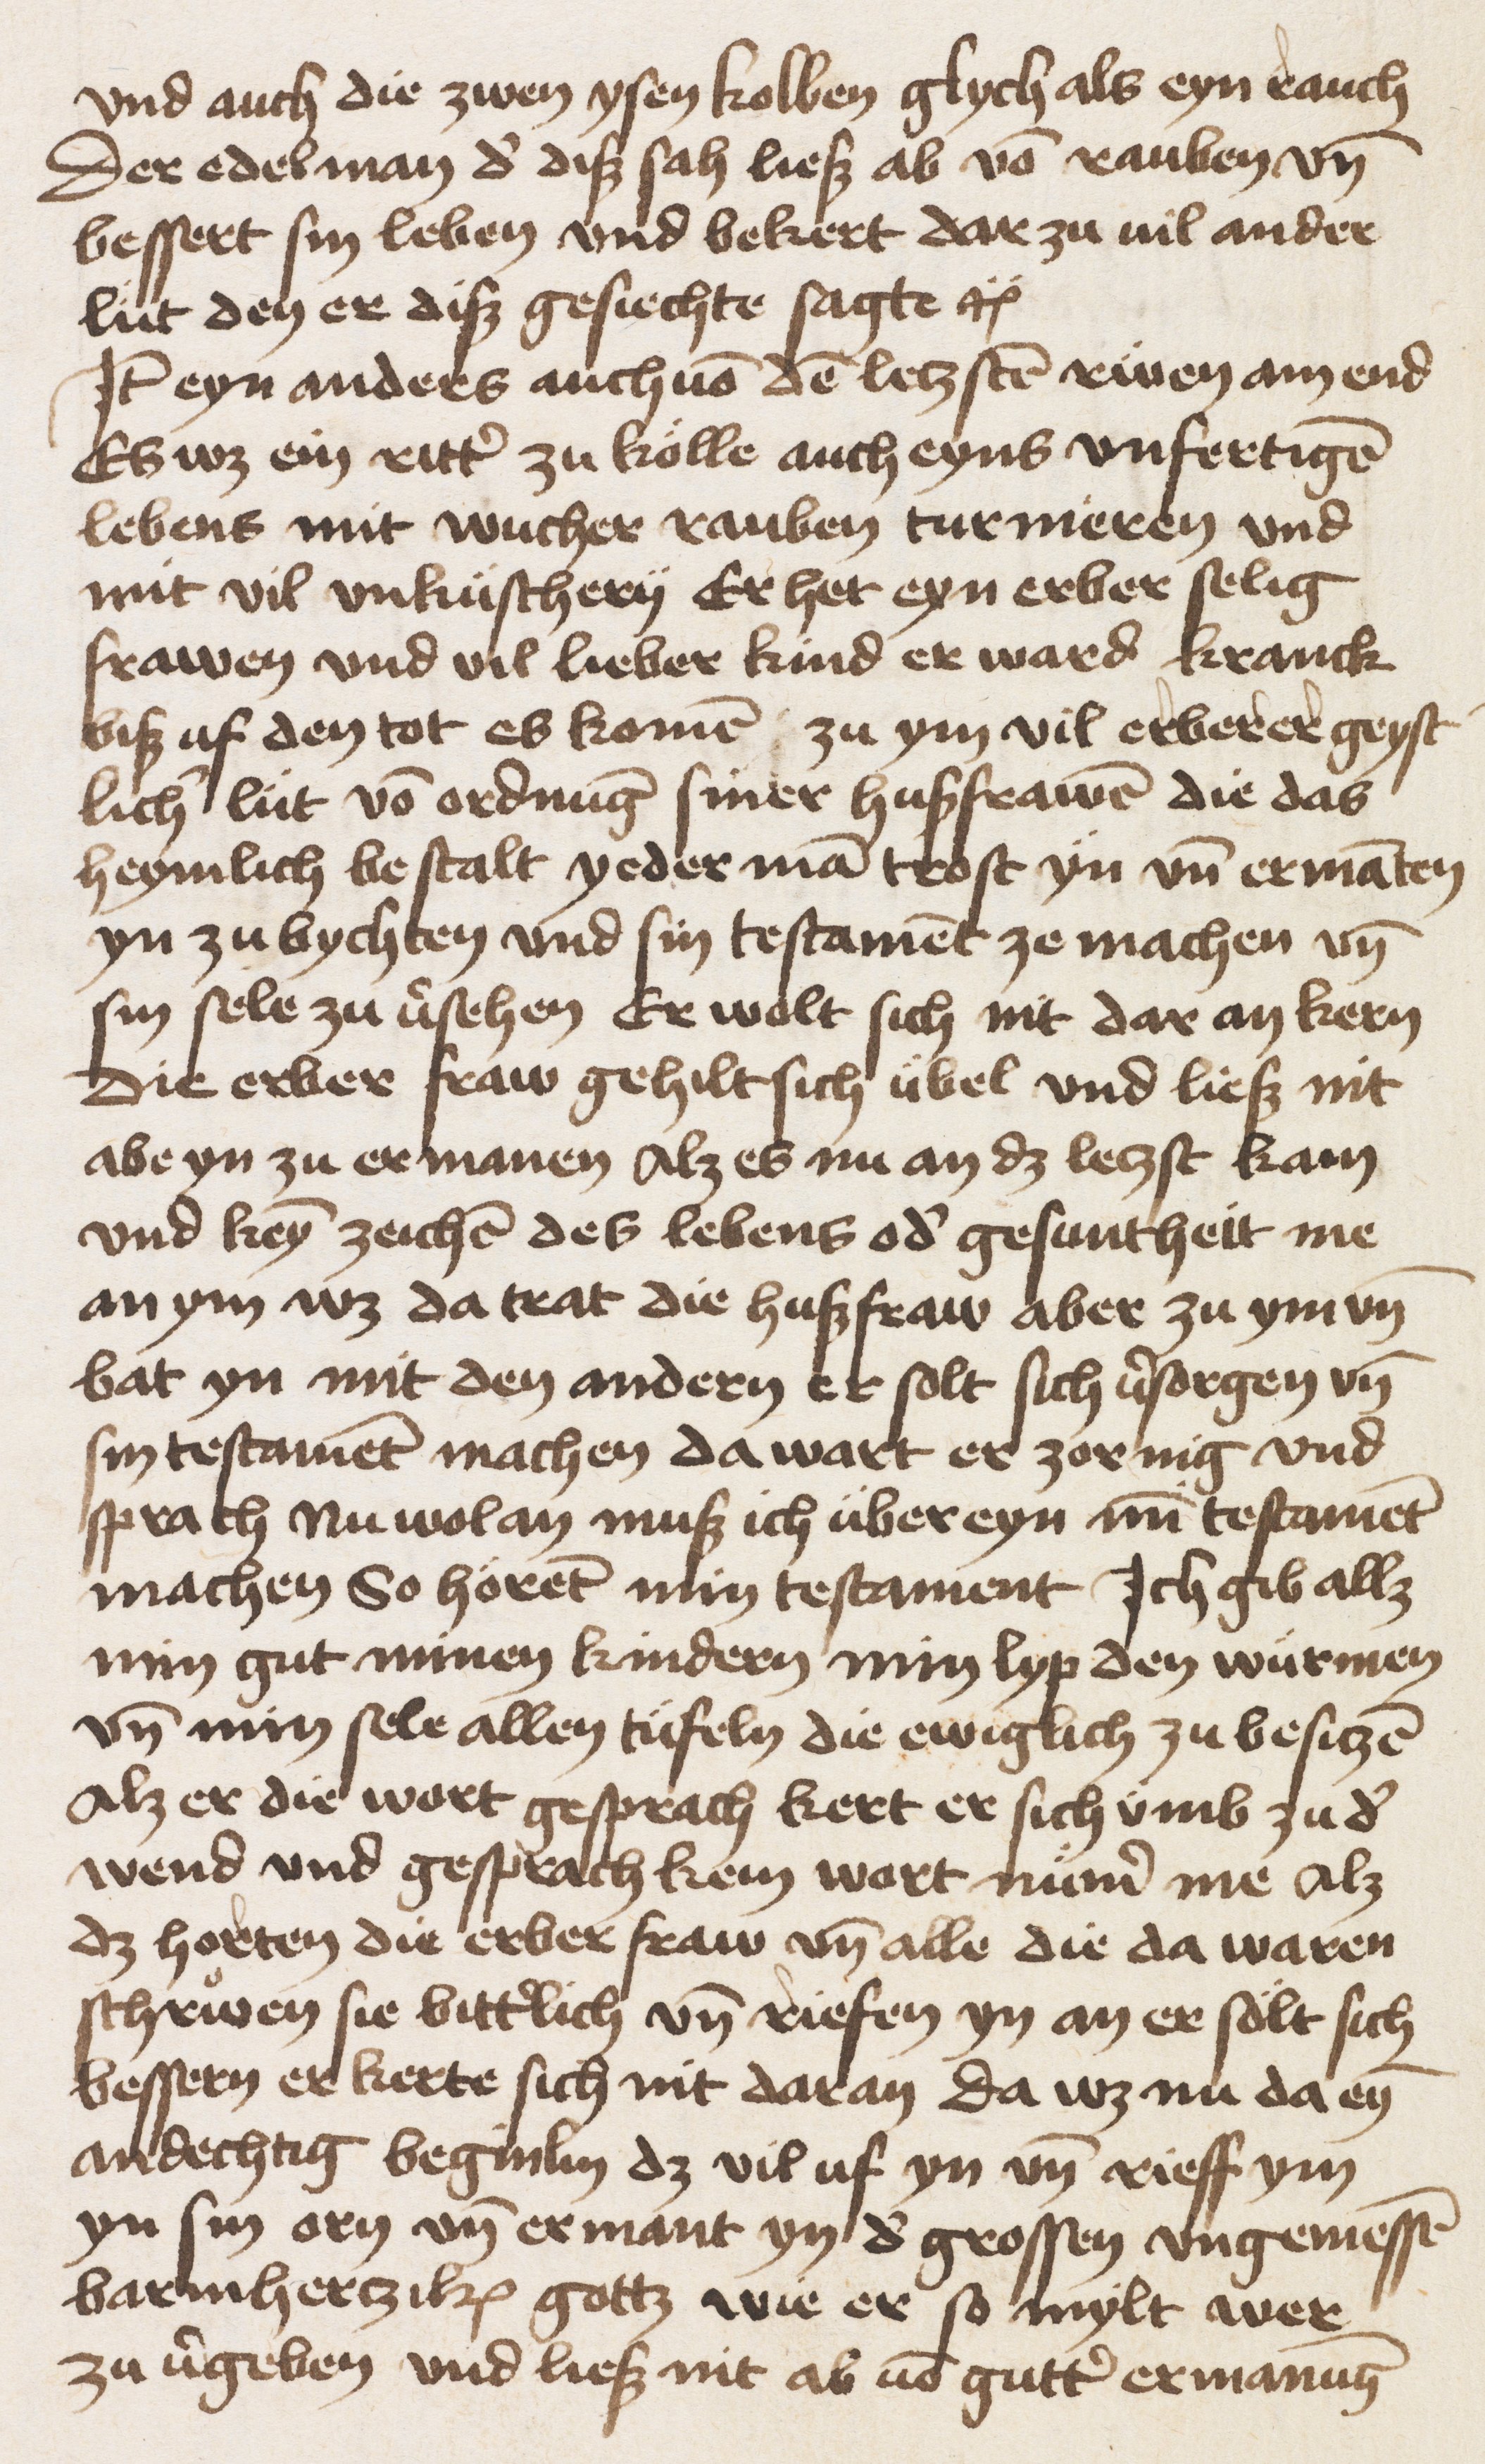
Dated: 1453–1453